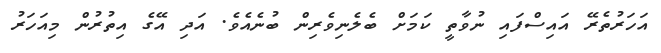
އަހަރުތެރޭ އައިސްފައި ނުވާތީ ކަމަށް ބެލެނިވެރިން ބުނެއެވެ. އަދި އޭގެ އިތުރުން މިއަހަރު